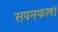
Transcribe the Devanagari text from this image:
सपनफलां